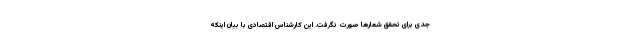
جدی برای تحقق شعارها صورت نگرفت. این کارشناس اقتصادی با بیان اینکه